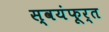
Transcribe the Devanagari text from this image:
स्वयंफूर्त